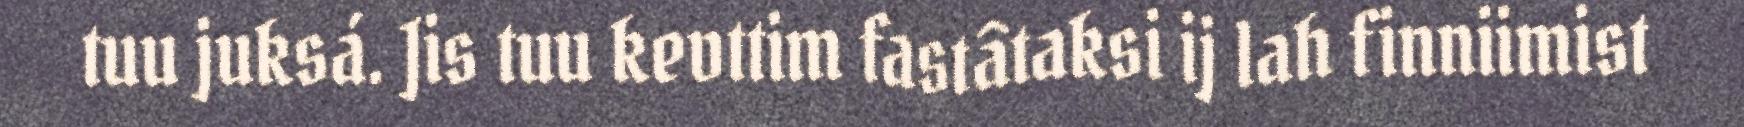
tuu juksá. Jis tuu kevttim fastâtaksi ij lah finniimist